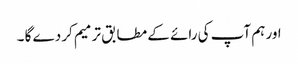
اور ہم آپ کی رائے کے مطابق ترمیم کر دے گا ۔